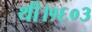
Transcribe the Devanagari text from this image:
थी।१६०३